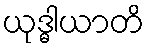
ယုဒ္ဓါယာတိ